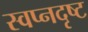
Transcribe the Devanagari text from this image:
स्वप्नदृष्ट